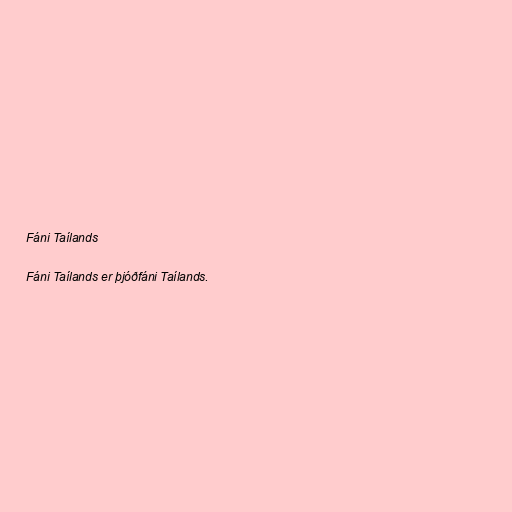
Fáni Taílands

Fáni Taílands er þjóðfáni Taílands.